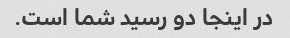
در اینجا دو رسید شما است.